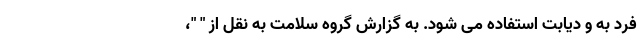
فرد به و دیابت استفاده می شود. به گزارش گروه سلامت به نقل از " "،